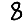
Digit: 8